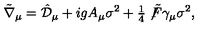
\tilde { \nabla } _ { \mu } = \hat { \mathcal { D } } _ { \mu } + i g A _ { \mu } \sigma ^ { 2 } + { \textstyle \frac { 1 } { 4 } } \not \! \tilde { F } \gamma _ { \mu } \sigma ^ { 2 } ,